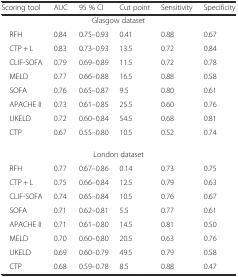
<table><thead><tr><td><b>Scoring tool</b></td><td><b>AUC</b></td><td><b>95 % CI</b></td><td><b>Cut point</b></td><td><b>Sensitivity</b></td><td><b>Specificity</b></td></tr></thead><tbody><tr><td colspan="6">Glasgow dataset</td></tr><tr><td> RFH</td><td>0.84</td><td>0.75–0.93</td><td>0.41</td><td>0.88</td><td>0.67</td></tr><tr><td> CTP + L</td><td>0.83</td><td>0.73–0.93</td><td>13.5</td><td>0.72</td><td>0.84</td></tr><tr><td> CLIF-SOFA</td><td>0.79</td><td>0.69–0.89</td><td>11.5</td><td>0.72</td><td>0.78</td></tr><tr><td> MELD</td><td>0.77</td><td>0.66–0.88</td><td>16.5</td><td>0.88</td><td>0.58</td></tr><tr><td> SOFA</td><td>0.76</td><td>0.65–0.87</td><td>9.5</td><td>0.80</td><td>0.61</td></tr><tr><td> APACHE II</td><td>0.73</td><td>0.61–0.85</td><td>25.5</td><td>0.60</td><td>0.76</td></tr><tr><td> UKELD</td><td>0.72</td><td>0.60–0.84</td><td>54.5</td><td>0.68</td><td>0.81</td></tr><tr><td> CTP</td><td>0.67</td><td>0.55–0.80</td><td>10.5</td><td>0.52</td><td>0.74</td></tr><tr><td colspan="6">London dataset</td></tr><tr><td> RFH</td><td>0.77</td><td>0.67–0.86</td><td>0.14</td><td>0.73</td><td>0.75</td></tr><tr><td> CTP + L</td><td>0.75</td><td>0.66–0.84</td><td>12.5</td><td>0.79</td><td>0.63</td></tr><tr><td> CLIF-SOFA</td><td>0.74</td><td>0.65–0.84</td><td>10.5</td><td>0.76</td><td>0.67</td></tr><tr><td> SOFA</td><td>0.71</td><td>0.62–0.81</td><td>5.5</td><td>0.77</td><td>0.61</td></tr><tr><td> APACHE II</td><td>0.71</td><td>0.61–0.80</td><td>14.5</td><td>0.81</td><td>0.50</td></tr><tr><td> MELD</td><td>0.70</td><td>0.60–0.80</td><td>20.5</td><td>0.63</td><td>0.76</td></tr><tr><td> UKELD</td><td>0.69</td><td>0.60–0.79</td><td>49.5</td><td>0.79</td><td>0.58</td></tr><tr><td> CTP</td><td>0.68</td><td>0.59–0.78</td><td>8.5</td><td>0.88</td><td>0.47</td></tr></tbody></table>